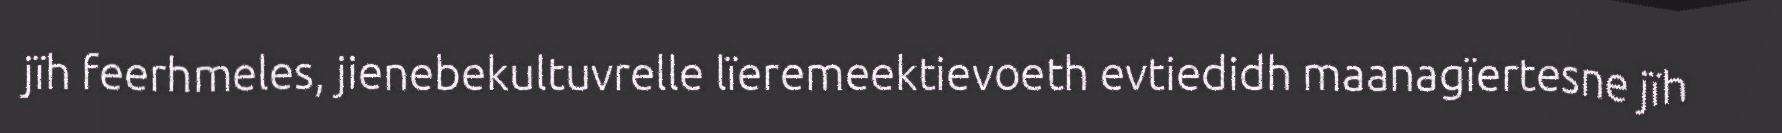
jïh feerhmeles, jienebekultuvrelle lïeremeektievoeth evtiedidh maanagïertesne jïh